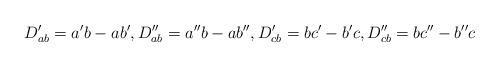
LaTeX: \begin{align*}D_{ab}^{\prime}=a^{\prime}b-ab^{\prime},D_{ab}^{\prime\prime}=a^{\prime\prime}b-ab^{\prime\prime},D_{cb}^{\prime}=bc^{\prime}-b^{\prime}c,D_{cb}^{\prime\prime}=bc^{\prime\prime}-b^{\prime\prime}c\end{align*}